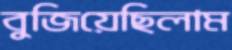
বুজিয়েছিলাম